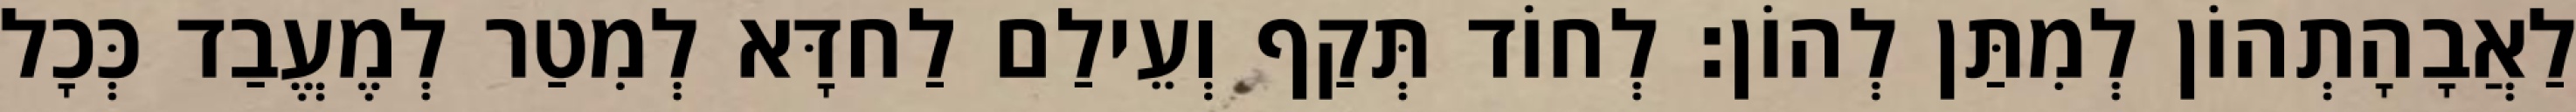
לַאֲבָהָתְהוֹן לְמִתַּן לְהוֹן׃ לְחוֹד תְּקַף וְעֵילַם לַחדָּא לְמִטַר לְמֶעֱבַד כְּכָל